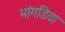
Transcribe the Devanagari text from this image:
भांगडिया